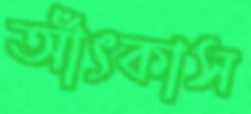
আঁৎকাস